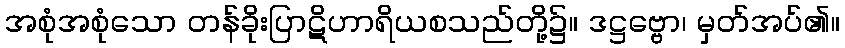
အစုံအစုံသော တန်ခိုးပြာဋိဟာရိယစသည်တို့၌။ ဒဋ္ဌဗ္ဗော၊ မှတ်အပ်၏။